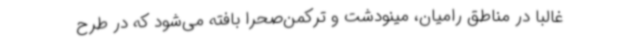
غالباً در مناطق رامیان، مینودشت و ترکمن‌صحرا بافته می‌شود که در طرح